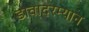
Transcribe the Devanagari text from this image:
डावादरम्यान